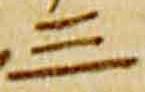
三